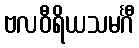
ဗလဝီရိယသမင်္ဂီ